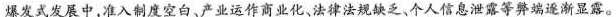
爆发式发展中，准入制度空白、产业运作商业化、法律法规缺乏、个人信息泄露等弊端逐渐显露。